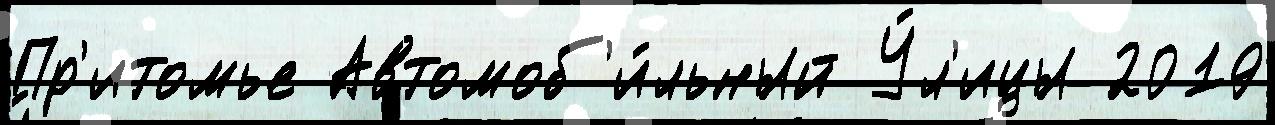
Пр'итомье Автомоб'и́льный У́л'ицы 2019